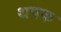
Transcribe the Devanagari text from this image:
थपक